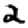
Digit: 2